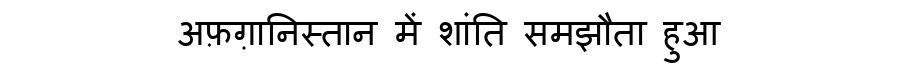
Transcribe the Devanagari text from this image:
अफ़ग़ानिस्तान में शांति समझौता हुआ